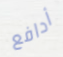
أدافع